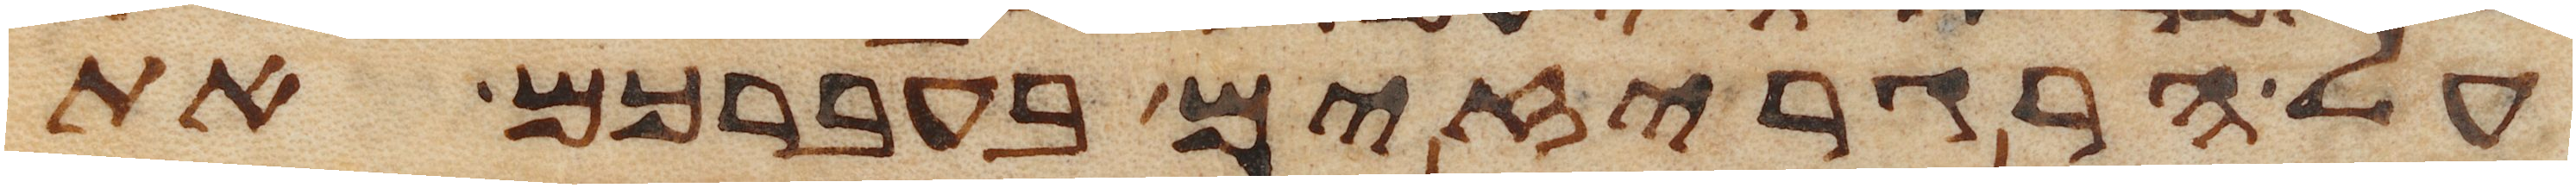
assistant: על הרגריזים בעברכם את